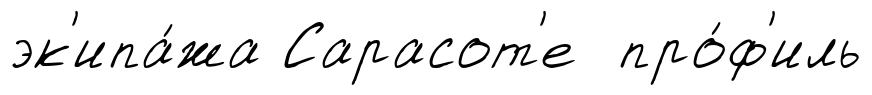
эк'ипа́жа Сарасот'е про́ф'иль